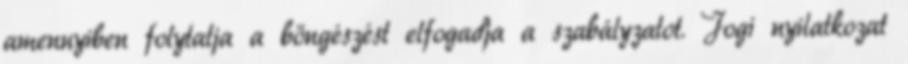
amennyiben folytatja a böngészést elfogadja a szabályzatot. Jogi nyilatkozat